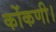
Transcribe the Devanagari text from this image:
कोंकणी।